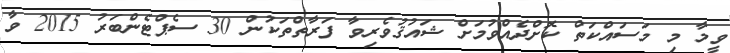
ވީމާ މި މަސައްކަތް ކޮށްދެއްވުމަށް ޝައުޤުވެރިވާ ފަރާތްތަކުން 30 ސެޕްޓެންބަރު 2015 ވާ